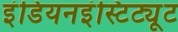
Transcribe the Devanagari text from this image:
इंडियनइंस्टिट्यूट